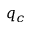
q _ { c }